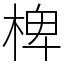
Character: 椑